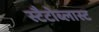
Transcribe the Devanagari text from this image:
स्टैटोब्लास्ट